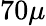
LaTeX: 70\mu